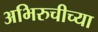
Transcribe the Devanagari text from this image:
अभिरुचीच्या